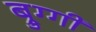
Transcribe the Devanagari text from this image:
ब्रुग्गी